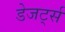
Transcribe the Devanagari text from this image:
डेजर्ट्स